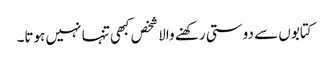
کتابوں سے دوستی رکھنے والا شخص کبھی تنہا نہیں ہوتا۔